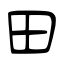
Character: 田